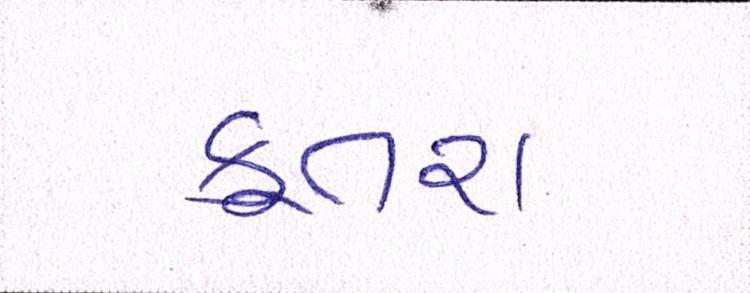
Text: કૂતરા